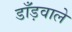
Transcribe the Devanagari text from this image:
डाँड़वाले